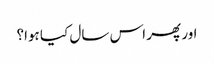
اور پھر اس سال کیا ہوا؟